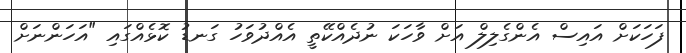
ފަހަކަށް އައިސް އެންގެލިލް އަށް ވާހަކަ ނުދެއްކޭތީ އެއްދުވަހު ގަނޑު ކޮޅެއްގައި "އަހަންނަށް